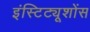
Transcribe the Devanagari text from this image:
इंस्टिट्यूशोंस